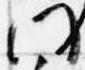
門